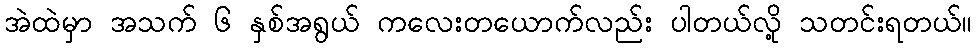
အဲထဲမှာ အသက် ၆ နှစ်အရွယ် ကလေးတယောက်လည်း ပါတယ်လို့ သတင်းရတယ်။